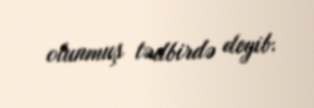
olunmuş tədbirdə deyib.